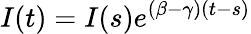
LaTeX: I(t)=I(s)e^{(\beta-\gamma)(t-s)}